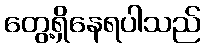
တွေ့ရှိနေရပါသည်